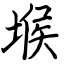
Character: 堠